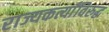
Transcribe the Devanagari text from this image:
राज्यकर्त्यांविरुद्ध